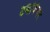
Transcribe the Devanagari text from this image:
टर्बोकेयर